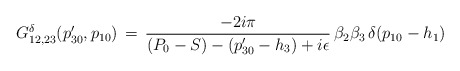
\begin{align*}G^{\delta}_{12,23}(p'_{30},p_{10})\,=\,{-2i\pi\over (P_0-S)-(p'_{30}-h_3)+i\epsilon}\,\beta_2\beta_3\,\delta(p_{10}-h_1)\end{align*}